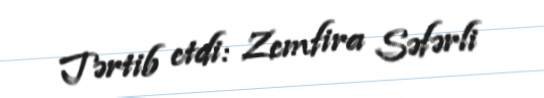
Tərtib etdi: Zemfira Səfərli